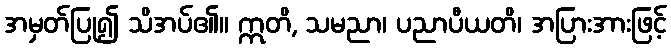
အမှတ်ပြု၍ သိအပ်၏။ ဣတိ, သမညာ၊ ပညာပီယတိ၊ အပြားအားဖြင့်